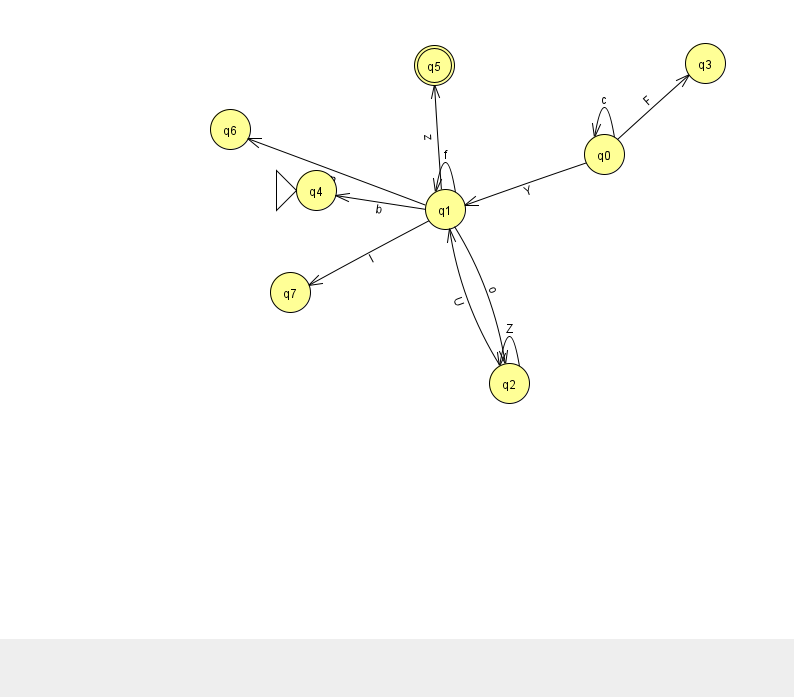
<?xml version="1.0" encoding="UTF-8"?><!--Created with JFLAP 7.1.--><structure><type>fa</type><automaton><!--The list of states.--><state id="0" name="q0"><x>604.0</x><y>141.0</y></state><state id="1" name="q1"><x>445.0</x><y>196.0</y></state><state id="2" name="q2"><x>509.0</x><y>370.0</y></state><state id="3" name="q3"><x>705.0</x><y>50.0</y></state><state id="4" name="q4"><x>316.0</x><y>177.0</y><initial/></state><state id="5" name="q5"><x>434.0</x><y>52.0</y><final/></state><state id="6" name="q6"><x>230.0</x><y>116.0</y></state><state id="7" name="q7"><x>290.0</x><y>279.0</y></state><!--The list of transitions.--><transition><from>0</from><to>3</to><read>F</read></transition><transition><from>0</from><to>1</to><read>Y</read></transition><transition><from>2</from><to>1</to><read>U</read></transition><transition><from>0</from><to>0</to><read>c</read></transition><transition><from>1</from><to>1</to><read>f</read></transition><transition><from>1</from><to>2</to><read>o</read></transition><transition><from>1</from><to>5</to><read>z</read></transition><transition><from>2</from><to>2</to><read>Z</read></transition><transition><from>1</from><to>6</to><read>n</read></transition><transition><from>1</from><to>7</to><read>I</read></transition><transition><from>1</from><to>4</to><read>b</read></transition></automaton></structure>